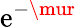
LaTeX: \mathrm{e}^{-\mur}